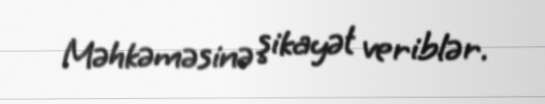
Məhkəməsinə şikayət veriblər.